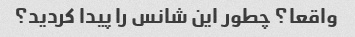
واقعا؟ چطور این شانس را پیدا کردید؟